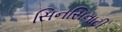
સિનસિનાટી